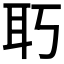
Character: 𦔲